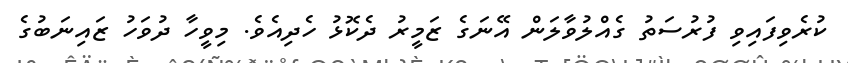
ކުރެވިފައިވި ފުރުސަތު ގެއްލުވާލަން އޭނަގެ ޒަމީރު ދެކޮޅު ހެދިއެވެ. މިވީހާ ދުވަހު ޒައިނަބުގެ